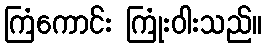
ကြံကောင်း ကြုံးဝါးသည်။